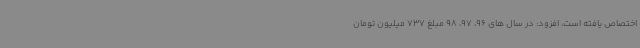
اختصاص یافته است، افزود: در سال های 96، 97، 98 مبلغ 737 میلیون تومان